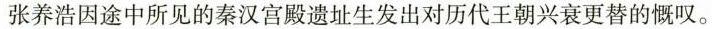
张养浩因途中所见的秦汉宫殿遗址生发出对历代王朝兴衰更替的慨叹。